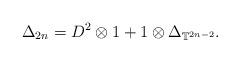
LaTeX: \begin{align*}\Delta_{2n} = D^2 \otimes 1 + 1 \otimes \Delta_{\mathbb{T}^{2n-2}}. \end{align*}